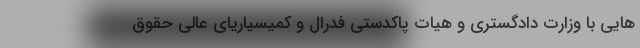
هایی با وزارت دادگستری و هیات پاکدستی فدرال و کمیسیاریای عالی حقوق